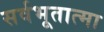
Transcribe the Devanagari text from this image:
सर्वभूतात्मा